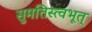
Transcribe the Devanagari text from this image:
सुमतिस्त्वभूत्